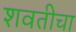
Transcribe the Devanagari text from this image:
शवतीचा